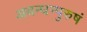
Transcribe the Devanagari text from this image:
अबन्धन्पुरुषं